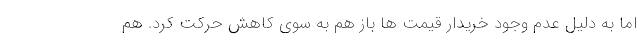
اما به دلیل عدم وجود خریدار قیمت ها باز هم به سوی کاهش حرکت کرد. هم